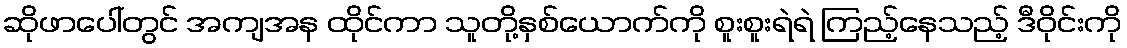
ဆိုဖာပေါ်တွင် အကျအန ထိုင်ကာ သူတို့နှစ်ယောက်ကို စူးစူးရဲရဲ ကြည့်နေသည့် ဒီဝိုင်းကို